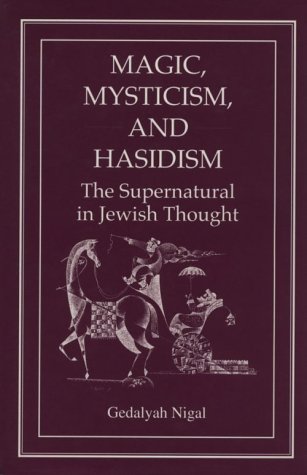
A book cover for Magic, Mysticism, and Hasidism: The Supernatural in Jewish Thought; Gedalyah Nigal; Religion & Spirituality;